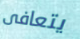
يتعافى